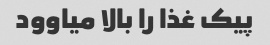
پیک غذا را بالا میاوود